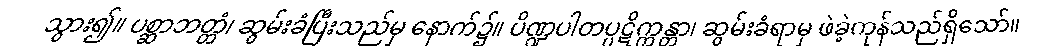
သွား၍။ ပစ္ဆာဘတ္တံ၊ ဆွမ်းခံပြီးသည်မှ နောက်၌။ ပိဏ္ဍပါတပ္ပဋိက္ကန္တာ၊ ဆွမ်းခံရာမှ ဖဲခဲ့ကုန်သည်ရှိသော်။